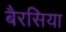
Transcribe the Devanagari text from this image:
बैरसिया